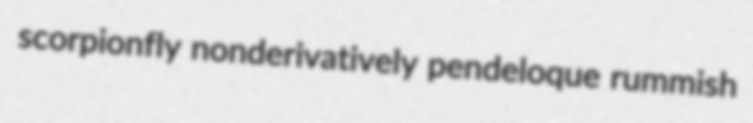
scorpionfly nonderivatively pendeloque rummish